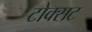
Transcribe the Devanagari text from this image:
टोक्सट